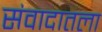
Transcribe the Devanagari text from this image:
संवादातला